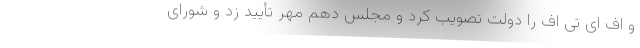
و اف ای تی اف را دولت تصویب کرد و مجلس دهم مُهر تأیید زد و شورای